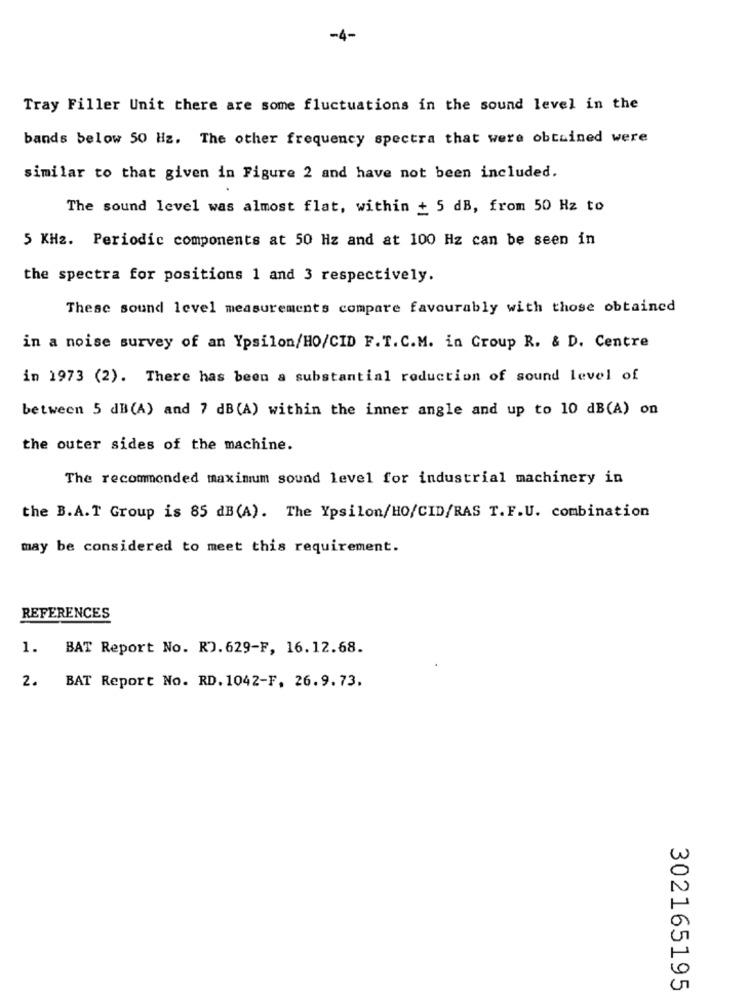
-4-
Tray Filler Unit there are some fluctuations in the sound level in the
bands below 50 Hz. The other frequency spectra that were obtained were
similar to that given in Figure 2 and have not been included.
The sound level was almost flat, within + 5 dB, from 50 Hz to
5 KH2. Periodic components at 50 Hz and at 100 Hz can be seen in
the spectra for positions 1 and 3 respectively.
These sound level measurements compare favourably with those obtained
in a noise survey of an Ypsilon/HO/CID F. T. C.M. in Group R. & D. Centre
in 1973 (2). There has been a substantial reduction of sound level of
between 5 dB(A) and 7 dB(A) within the inner angle and up to 10 dB(A) on
the outer sides of the machine.
The recommended maximum sound level for industrial machinery in
the B.A.T Group is 85 dB (A). The Ypsilon/HO/CID/RAS T.F.U. combination
may be considered to meet this requirement.
REFERENCES
1.
BAT Report No. RJ. 629-F, 16.12.68.
2.
BAT Report No. RD. 1042-F, 26.9.73.
302165195